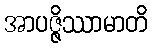
အာပဇ္ဇိဿာမာတိ